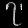
Digit: ၇